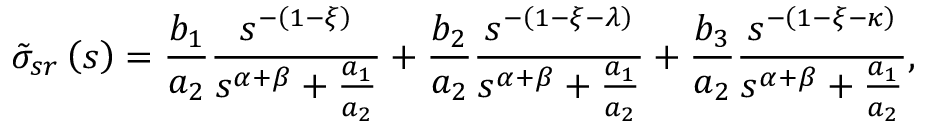
\tilde { \sigma } _ { s r } \left( s \right) = \frac { b _ { 1 } } { a _ { 2 } } \frac { s ^ { - \left( 1 - \xi \right) } } { s ^ { \alpha + \beta } + \frac { a _ { 1 } } { a _ { 2 } } } + \frac { b _ { 2 } } { a _ { 2 } } \frac { s ^ { - \left( 1 - \xi - \lambda \right) } } { s ^ { \alpha + \beta } + \frac { a _ { 1 } } { a _ { 2 } } } + \frac { b _ { 3 } } { a _ { 2 } } \frac { s ^ { - \left( 1 - \xi - \kappa \right) } } { s ^ { \alpha + \beta } + \frac { a _ { 1 } } { a _ { 2 } } } ,